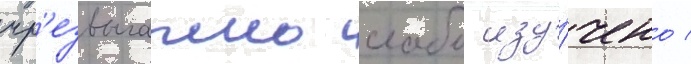
чр'езвычаино слабо изу́чено /